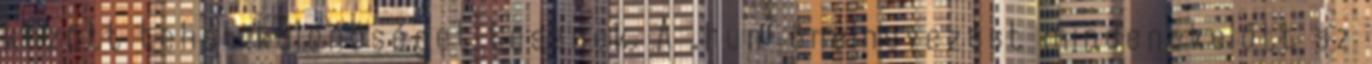
között tehát különbséget tesznek. A „hun" önelnevezést mindenekelőtt az